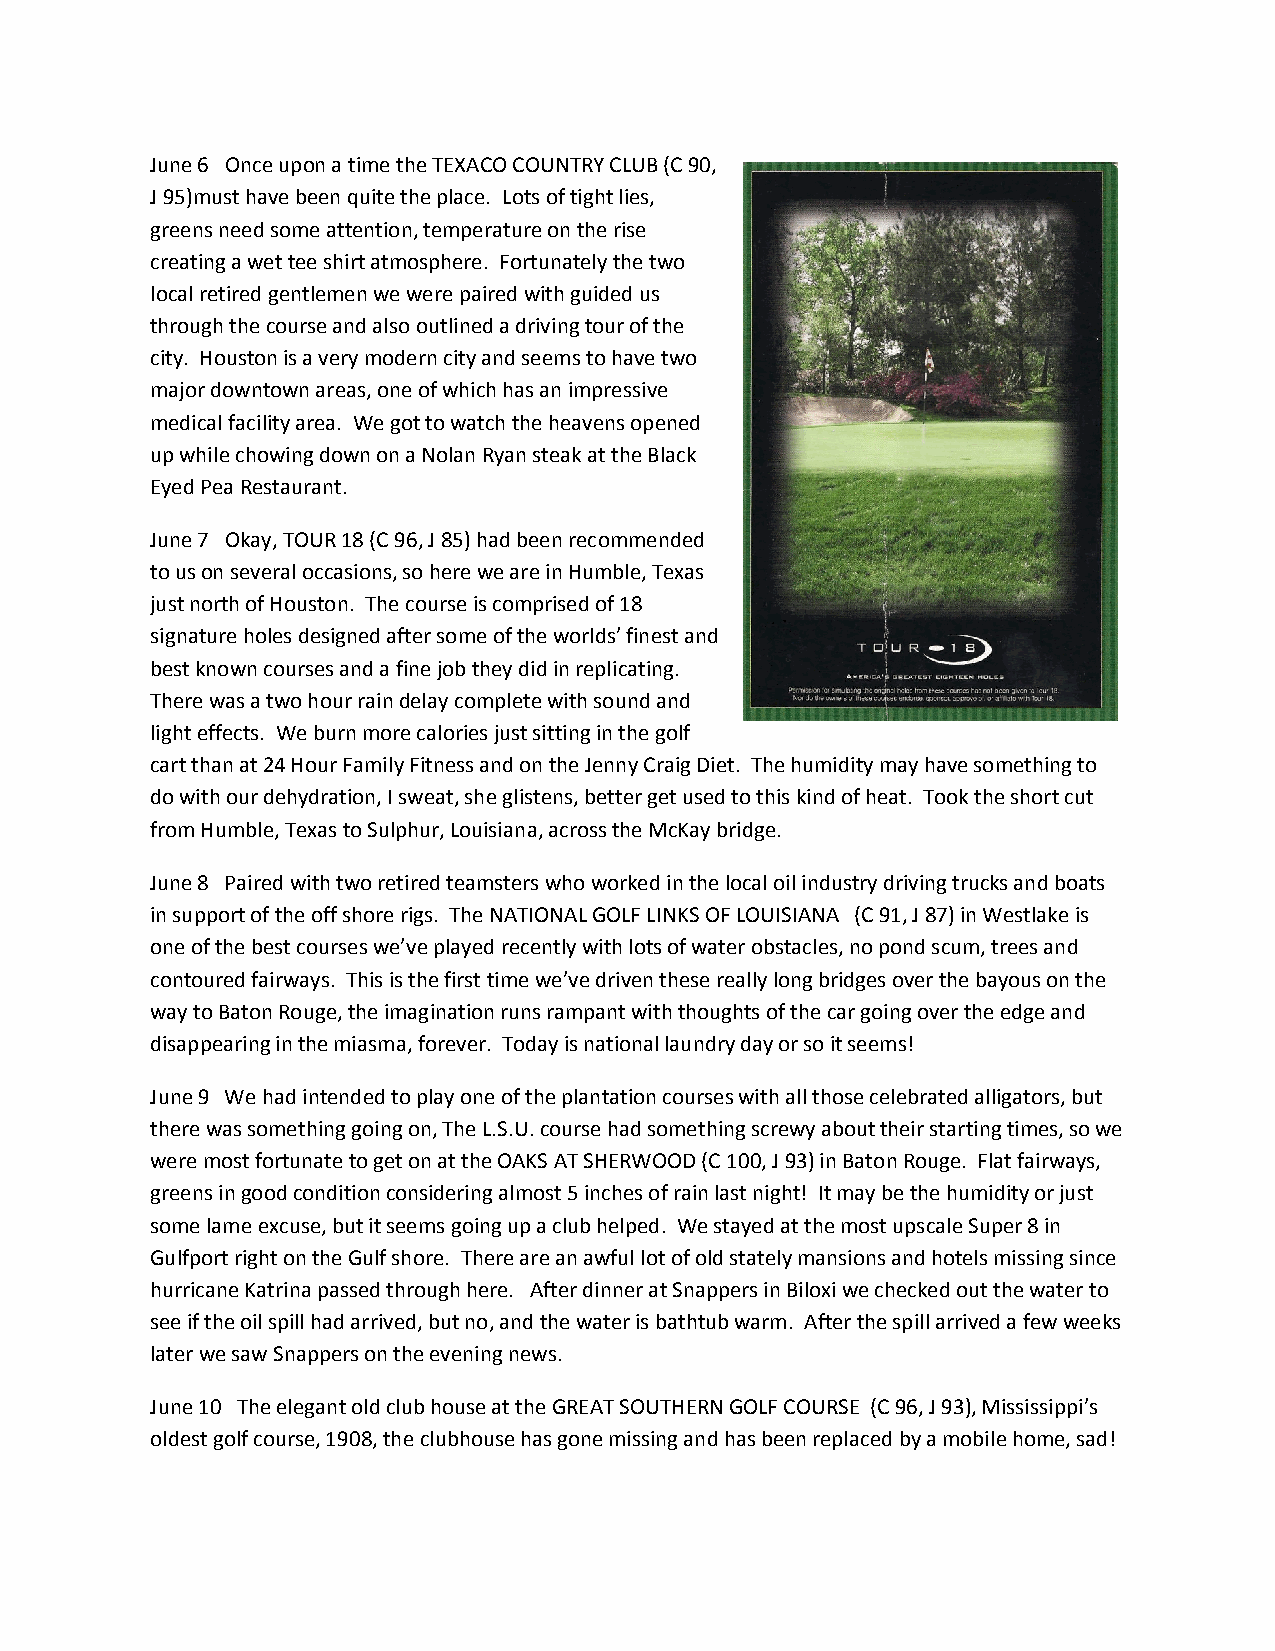
June 6 Once upon a time the TEXACO COUNTRY CLUB (C 90,
 J 95)must have been quite the place. Lots of tight lies,
 greens need some attention, temperature on the rise
 creating a wet tee shirt atmosphere. Fortunately the two
 local retired gentlemen we were paired with guided us
 through the course and also outlined a driving tour of the
 city. Houston is a very modern city and seems to have two
 major downtown areas, one of which has an impressive
 medical facility area. We got to watch the heavens opened
 up while chowing down on a Nolan Ryan steak at the Black
 Eyed Pea Restaurant.
 June 7 Okay, TOUR 18 (C 96, J 85) had been recommended
 to us on several occasions, so here we are in Humble, Texas
 just north of Houston. The course is comprised of 18
 signature holes designed after some of the worlds’ finest and
 best known courses and a fine job they did in replicating.
 There was a two hour rain delay complete with sound and
 light effects. We burn more calories just sitting in the golf
 cart than at 24 Hour Family Fitness and on the Jenny Craig Diet. The humidity may have something to
 do with our dehydration, I sweat, she glistens, better get used to this kind of heat. Took the short cut
 from Humble, Texas to Sulphur, Louisiana, across the McKay bridge.
 June 8 Paired with two retired teamsters who worked in the local oil industry driving trucks and boats
 in support of the off shore rigs. The NATIONAL GOLF LINKS OF LOUISIANA (C 91, J 87) in Westlake is
 one of the best courses we’ve played recently with lots of water obstacles, no pond scum, trees and
 contoured fairways. This is the first time we’ve driven these really long bridges over the bayous on the
 way to Baton Rouge, the imagination runs rampant with thoughts of the car going over the edge and
 disappearing in the miasma, forever. Today is national laundry day or so it seems!
 June 9 We had intended to play one of the plantation courses with all those celebrated alligators, but
 there was something going on, The L.S.U. course had something screwy about their starting times, so we
 were most fortunate to get on at the OAKS AT SHERWOOD (C 100, J 93) in Baton Rouge. Flat fairways,
 greens in good condition considering almost 5 inches of rain last night! It may be the humidity or just
 some lame excuse, but it seems going up a club helped. We stayed at the most upscale Super 8 in
 Gulfport right on the Gulf shore. There are an awful lot of old stately mansions and hotels missing since
 hurricane Katrina passed through here. After dinner at Snappers in Biloxi we checked out the water to
 see if the oil spill had arrived, but no, and the water is bathtub warm. After the spill arrived a few weeks
 later we saw Snappers on the evening news.
 June 10 The elegant old club house at the GREAT SOUTHERN GOLF COURSE (C 96, J 93), Mississippi’s
 oldest golf course, 1908, the clubhouse has gone missing and has been replaced by a mobile home, sad!